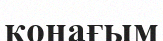
қонағым